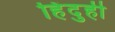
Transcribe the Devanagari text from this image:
हिंदुही